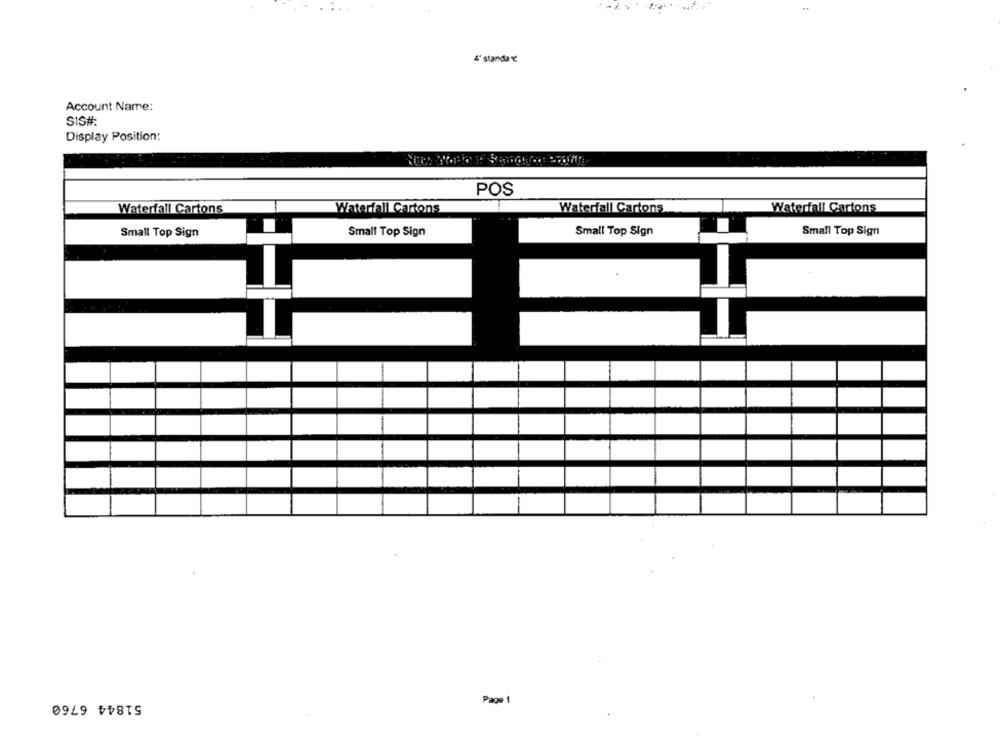
4' standa ℃
Account Name:
SIS#
Display Position:
POS
Waterfall Cartons
Waterfall Cartons
Waterfall Cartons
Waterfall Cartons
Small Top Sign
Small Top Sign
Small Top Sign
Small Top Sign
51844 6760
Page 1